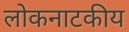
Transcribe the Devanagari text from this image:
लोकनाटकीय